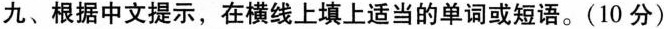
九、根据中文提示,在横线上填上适当的单词或短语。(10 分)